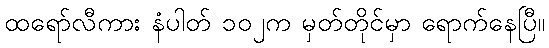
ထရော်လီကား နံပါတ် ၁၀၂က မှတ်တိုင်မှာ ရောက်နေပြီ။